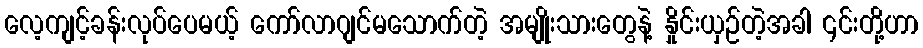
လေ့ကျင့်ခန်းလုပ်ပေမယ့် ကော်လာဂျင်မသောက်တဲ့ အမျိုးသားတွေနဲ့ နှိုင်းယှဉ်တဲ့အခါ ၎င်းတို့ဟာ